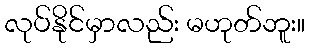
လုပ်နိုင်မှာလည်း မဟုတ်ဘူး။